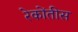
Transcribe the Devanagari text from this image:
रेकोंतीस